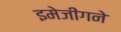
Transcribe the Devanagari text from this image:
इमेजींगने